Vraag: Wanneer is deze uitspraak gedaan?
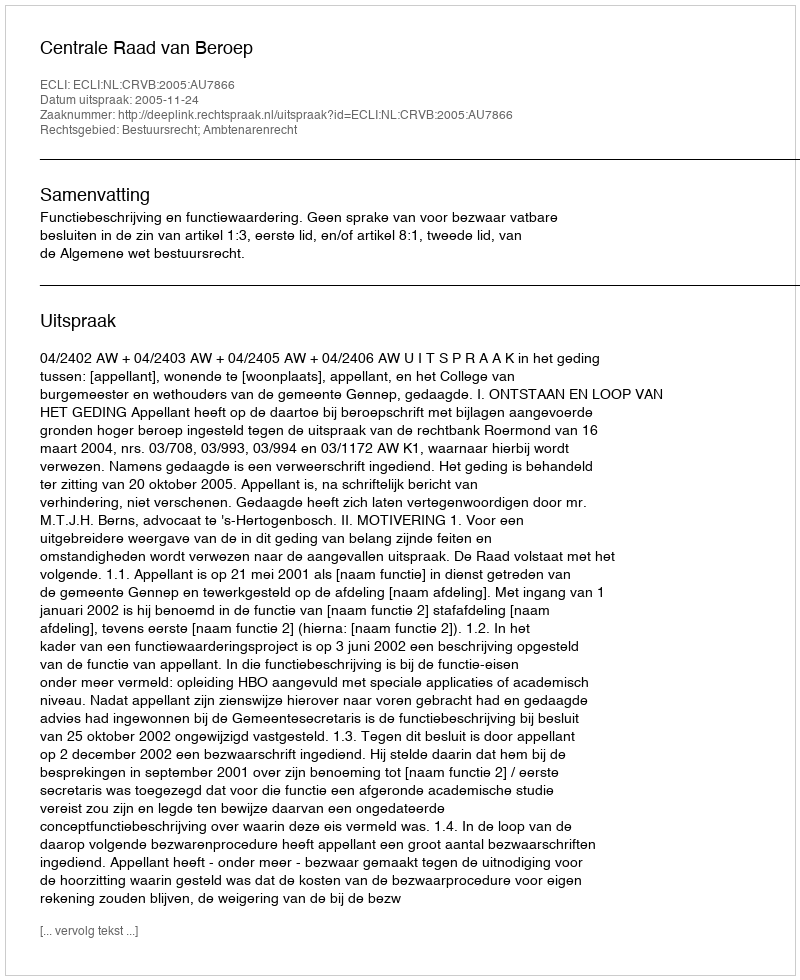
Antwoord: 2005-11-24